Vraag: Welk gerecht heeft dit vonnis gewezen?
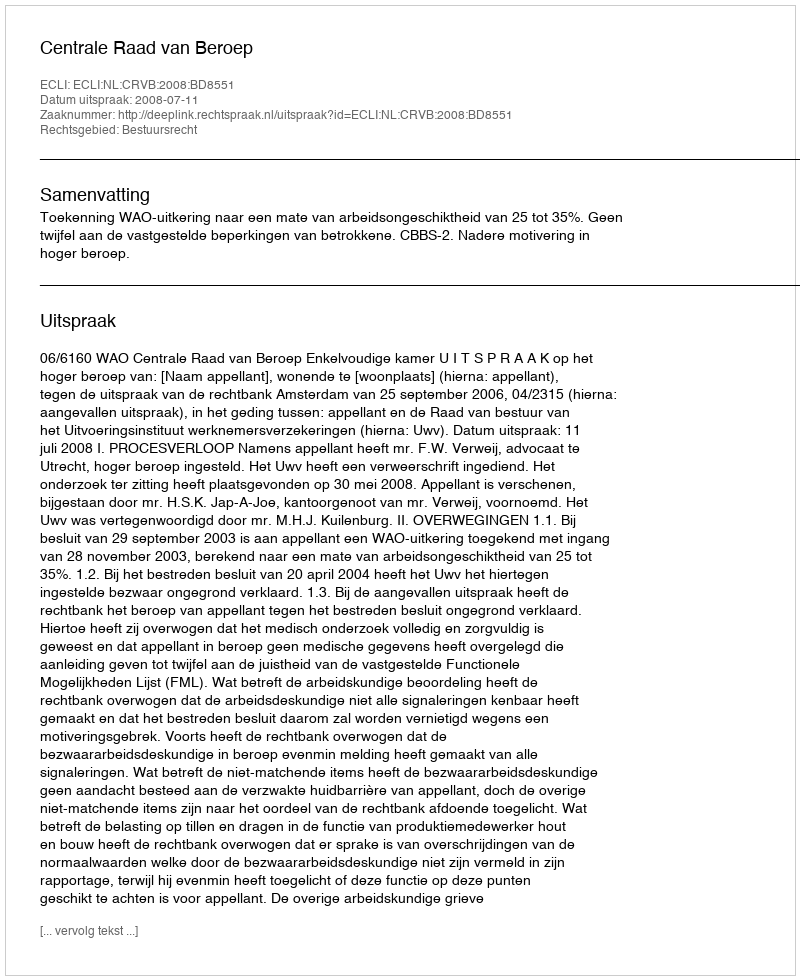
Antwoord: Centrale Raad van Beroep